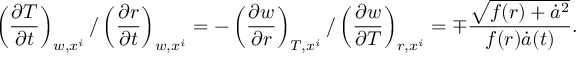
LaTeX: \left( \frac { \partial T } { \partial t } \right) _ { w , x ^ { i } } / \left( \frac { \partial r } { \partial t } \right) _ { w , x ^ { i } } = - \left( \frac { \partial w } { \partial r } \right) _ { T , x ^ { i } } / \left( \frac { \partial w } { \partial T } \right) _ { r , x ^ { i } } = \mp \frac { \sqrt { f ( r ) + \dot { a } ^ { 2 } } } { f ( r ) \dot { a } ( t ) } .